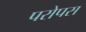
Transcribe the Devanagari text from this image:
परोपस